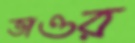
ভাওর